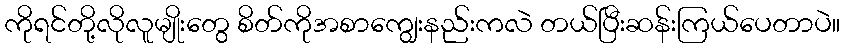
ကိုရင်တို့လိုလူမျိုးတွေ စိတ်ကိုအစာကျွေးနည်းကလဲ တယ်ပြီးဆန်းကြယ်ပေတာပဲ။